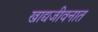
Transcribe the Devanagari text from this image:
खाद्यजीवनात